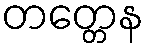
တတ္တေန